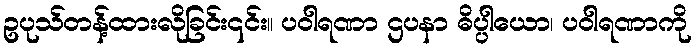
ဥပုသ်တန့်ထားလိုခြင်း၎င်း။ ပဝါရဏာ ဌပနာ ဓိပ္ပါယော၊ ပဝါရဏာကို